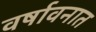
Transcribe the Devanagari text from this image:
वर्षावनात